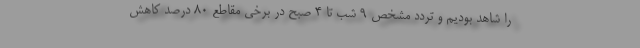
را شاهد بودیم و تردد مشخص ۹ شب تا ۴ صبح در برخی مقاطع ۸۰ درصد کاهش